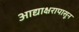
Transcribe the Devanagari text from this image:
आद्याक्षरापासून